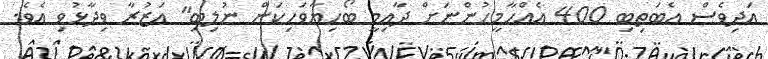
އަދިވެސް އެބަތިބި 400 އެއްހާމީހުންނަށް ދާއިމީ ބޯހިޔާވަހިކަން ނުލިބި" އަޒުރާ ވިދާޅުވި އެވެ.